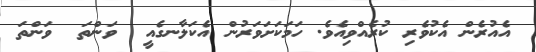
އެއުރެން އެކުވެރި ކުރެއްވިއެވެ. ހަމަކަށަވަރުން އެކަލާނގެއީ  ވަންތަ  ވަންތަ